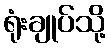
ရုံးချုပ်သို့